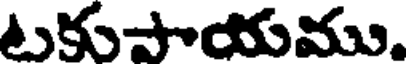
టకుపాయము.